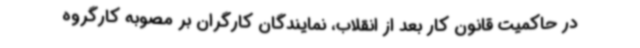
در حاکمیت قانون کار بعد از انقلاب، نمایندگان کارگران بر مصوبه کارگروه